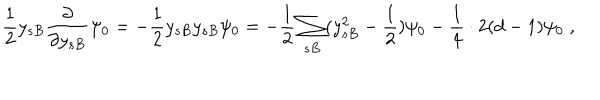
\frac { 1 } { 2 } y _ { s B } \frac { \partial } { \partial y _ { s B } } \psi _ { 0 } = - \frac { 1 } { 2 } y _ { s B } y _ { s B } \psi _ { 0 } = - \frac { 1 } { 2 } \sum _ { s B } ( y _ { s B } ^ { 2 } - \frac { 1 } { 2 } ) \psi _ { 0 } - \frac { 1 } { 4 } \cdot 2 ( d - 1 ) \psi _ { 0 } \; ,